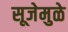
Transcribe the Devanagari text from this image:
सूजेमुळे